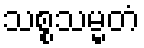
သစ္စသမ္မတံ